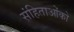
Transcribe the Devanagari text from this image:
संहिताओंको